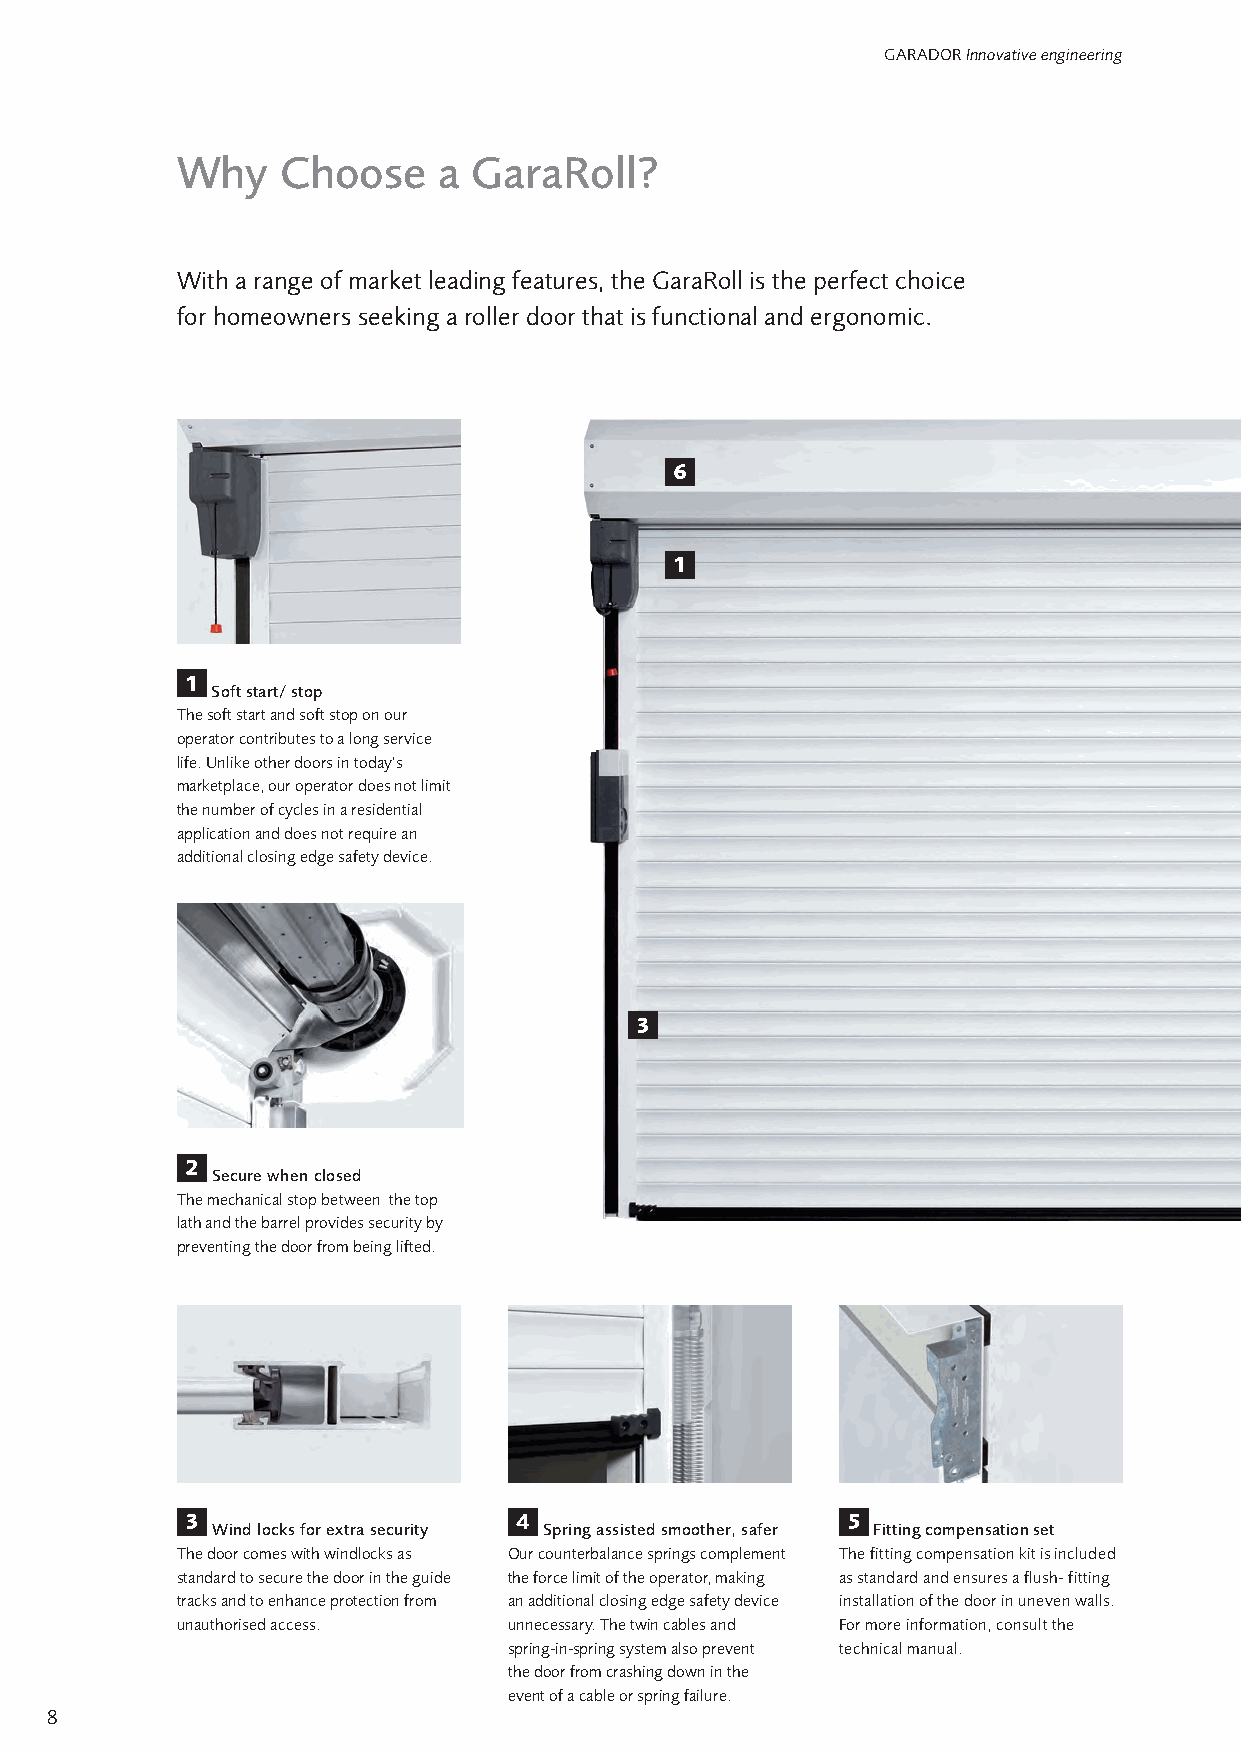
GARADOR Innovative engineering
 Why    Choose    a GaraRoll?
 With a range of market leading features, the GaraRoll is the perfect choice
 for homeowners seeking a roller door that is functional and ergonomic.
 6
 1
 1
 Soft start/ stop
 The soft start and soft stop on our
 operator contributes to a long service
 life. Unlike other doors in today‘s
 marketplace, our operator does not limit
 the number of cycles in a residential
 application and does not require an
 additional closing edge safety device.
 3
 2
 Secure when closed
 The mechanical stop between the top
 lath and the barrel provides security by
 preventing the door from being lifted.
 3                     4                     5
 Wind locks for extra security Spring assisted smoother, safer Fitting compensation set
 The door comes with windlocks as Our counterbalance springs complement The fitting compensation kit is included
 standard to secure the door in the guide the force limit of the operator, making as standard and ensures a flush- fitting
 tracks and to enhance protection from an additional closing edge safety device installation of the door in uneven walls.
 unauthorised access.  unnecessary. The twin cables and For more information, consult the
 spring-in-spring system also prevent technical manual.
 the door from crashing down in the
 event of a cable or spring failure.
 8